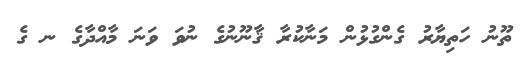
ތޫނު ހަތިޔާރު ގެންގުޅުން މަނާކުރާ ޤާނޫނުގެ ނުވަ ވަނަ މާއްދާގެ ނ ގެ